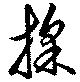
採